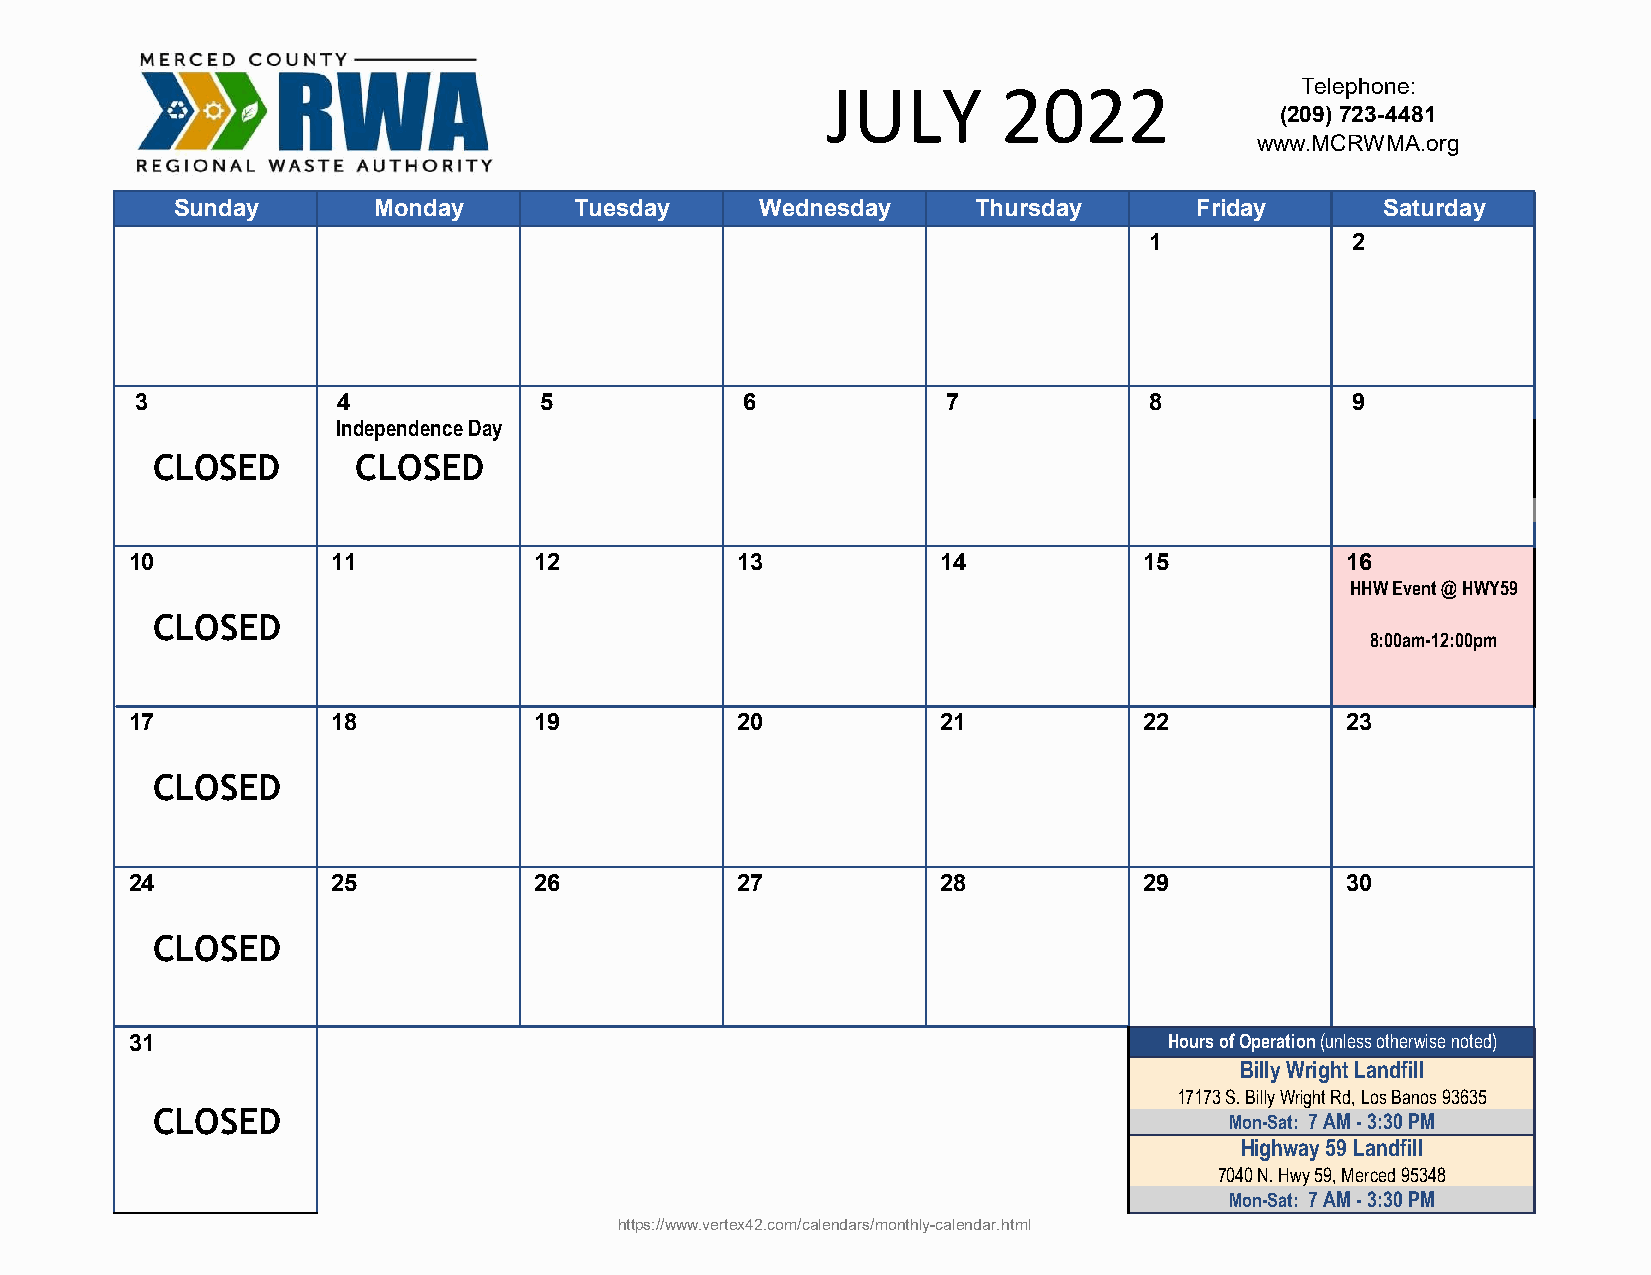
JULY       2022                Telephone:
 (209) 723-4481
 www.MCRWMA.org
 Sunday       Monday       Tuesday     Wednesday      Thursday      Friday       Saturday
 1            2
 3            4             5            6             7            8            9
 Independence Day
 CLOSED        CLOSED
 10           11           12            13           14            15           16
 HHW Event @ HWY59
 CLOSED
 8:00am-12:00pm
 17           18           19            20           21            22           23
 CLOSED
 24           25           26            27           28            29           30
 CLOSED
 31                                                                  Hours of Operation (unless otherwise noted)
 Billy Wright Landfill
 17173 S. Billy Wright Rd, Los Banos 93635
 CLOSED                                                                 Mon-Sat: 7 AM - 3:30 PM
 Highway 59 Landfill
 7040 N. Hwy 59, Merced 95348
 Mon-Sat: 7 AM - 3:30 PM
 https://www.vertex42.com/calendars/monthly-calendar.html